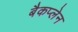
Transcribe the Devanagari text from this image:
बैकप्लेन